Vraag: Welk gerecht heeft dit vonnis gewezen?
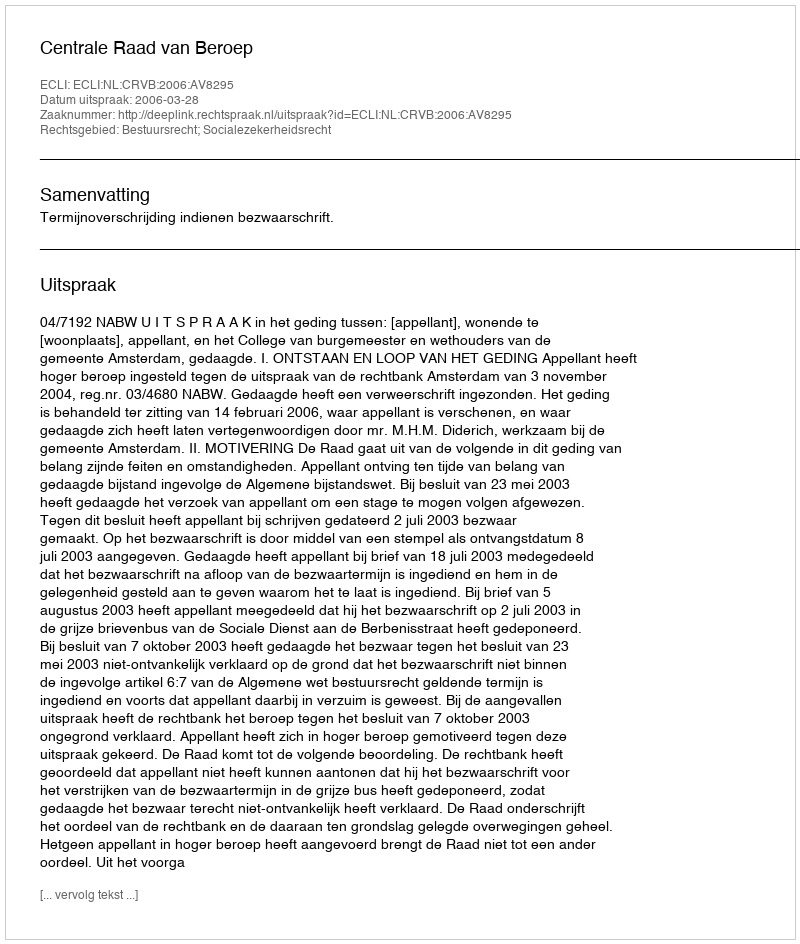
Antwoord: Centrale Raad van Beroep